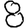
Digit: 8